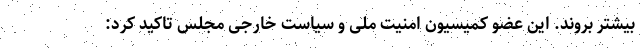
بیشتر بروند. این عضو کمیسیون امنیت ملی و سیاست خارجی مجلس تاکید کرد: